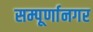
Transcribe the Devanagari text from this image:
सम्पूर्णानगर